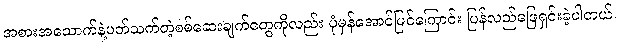
အစားအသောက်နဲ့ပတ်သက်တဲ့စစ်ဆေးချက်တွေကိုလည်း ပုံမှန်အောင်မြင်ကြောင်း ပြန်လည်ဖြေရှင်းခဲ့ပါတယ်။